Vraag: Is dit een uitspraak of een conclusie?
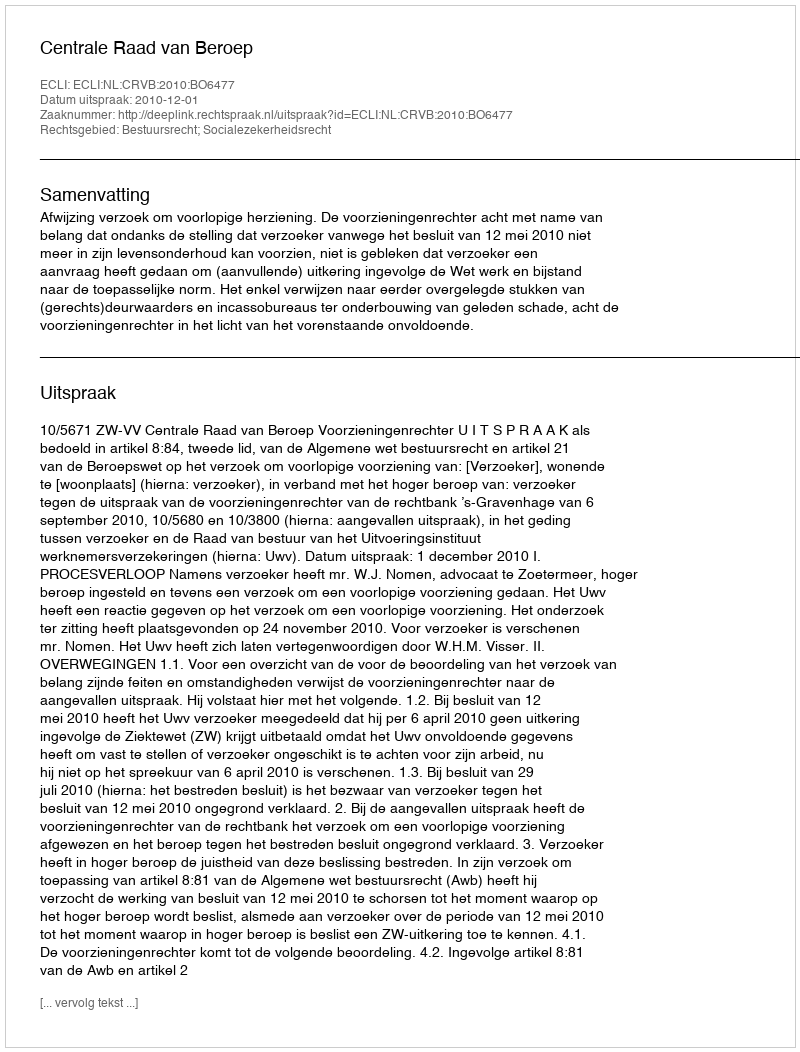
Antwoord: Uitspraak